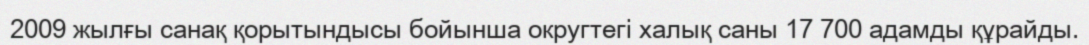
2009 жылғы санақ қорытындысы бойынша округтегі халық саны 17 700 адамды құрайды.